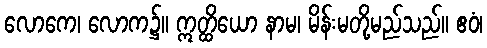
လောကေ၊ လောက၌။ ဣတ္ထိယော နာမ၊ မိန်းမတို့မည်သည်။ ဧဝံ၊